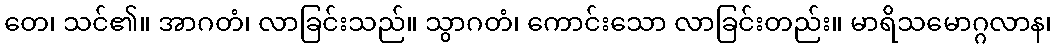
တေ၊ သင်၏။ အာဂတံ၊ လာခြင်းသည်။ သွာဂတံ၊ ကောင်းသော လာခြင်းတည်း။ မာရိသမောဂ္ဂလာန၊